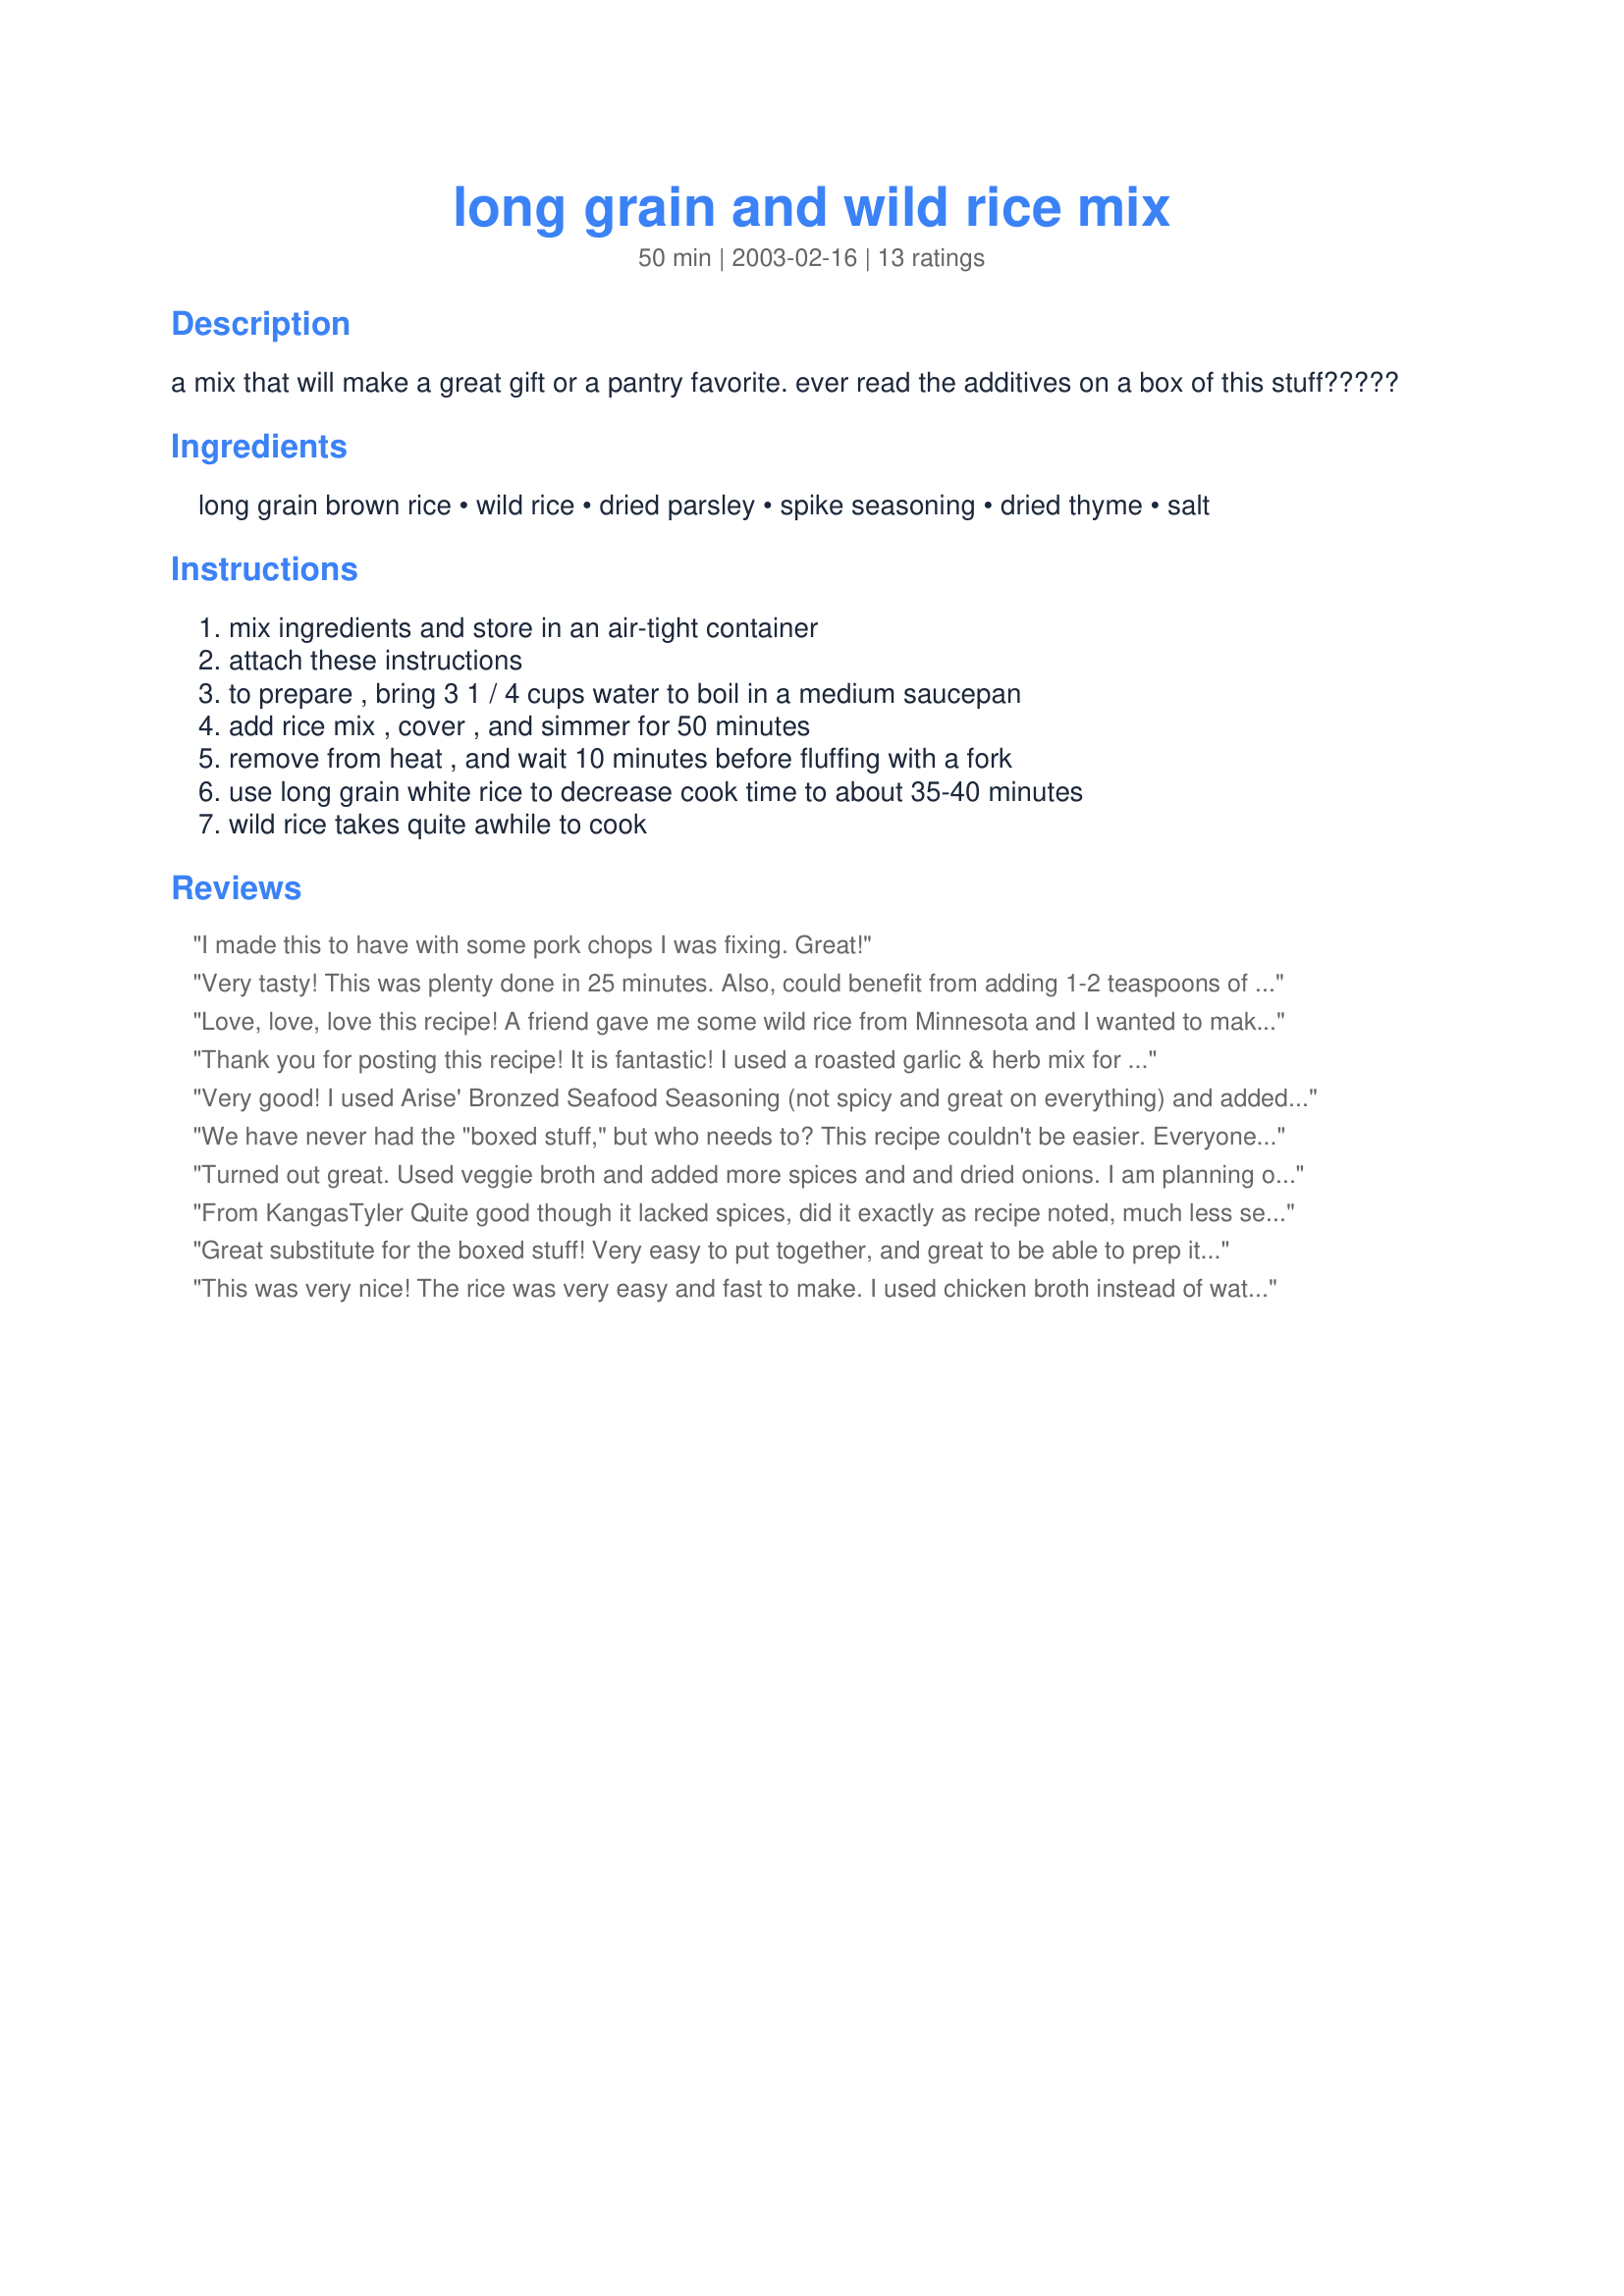
long grain and wild rice mix
Preparation time: 50 minutes

a mix that will make a great gift or a pantry favorite. ever read the additives on a box of this stuff?????

Ingredients:
long grain brown rice, wild rice, dried parsley, spike seasoning, dried thyme, salt

Steps:
mix ingredients and store in an air-tight container, attach these instructions, to prepare , bring 3 1 / 4 cups water to boil in a medium saucepan, add rice mix , cover , and simmer for 50 minutes, remove from heat , and wait 10 minutes before fluffing with a fork, use long grain white rice to decrease cook time to about 35-40 minutes, wild rice takes quite awhile to cook

Reviews:
I made this to have with some pork chops I was fixing. Great!
Very tasty! This was plenty done in 25 minutes. Also, could benefit from adding 1-2 teaspoons of butter to add flavor &amp; prevent sticking. Never liked the packaged product as it was too salty and tasted to me like additives. I used homemade Season-All with little salt made from a recipe on this site, great recipes and ideas here on food.com!
Love, love, love this recipe! A friend gave me some wild rice from Minnesota and I wanted to make a wild rice and chicken casserole. When I looked at the recipe, I saw that it called for the long grain and wild rice mix. That defeated the whole reason I was making it - to use MY wild rice. I was thrilled to find this and will definitely be using it from here on out! I also received a gourmet spice mixture basket as a gift and was able to use one of the spices for seasoning in this mixture. I have more spices to try, so I will be making this often! It was so delicious - much better than the boxed stuff - and absolutely flexible! Thank you, Thank you, Thank you for sharing this recipe!
Thank you for posting this recipe! It is fantastic! I used a roasted garlic & herb mix for the seasoning and cooked in chicken broth, then added some toasted chopped almonds. Great side dish! Will definitely make again!
Very good! I used Arise' Bronzed Seafood Seasoning (not spicy and great on everything) and added a little garlic powder. Will definitely make again. Next time I will add a *little* less wild rice.
We have never had the "boxed stuff," but who needs to? This recipe couldn't be easier. Everyone liked it, and my 6-year old proclaimed, "This rice has flavor in it!" Thanks for the recipe...
Turned out great. Used veggie broth and added more spices and and dried onions. I am planning on bringing this mix with me on our camping trip this summer. Thanks for a great recipe that can be adjusted for personal taste. Great idea.
From KangasTyler
Quite good though it lacked spices, did it exactly as recipe noted, much less seasoned than what we are used to, sort of bland, but bland can be better than additives and sodium
Great substitute for the boxed stuff! Very easy to put together, and great to be able to prep it in advance for fast use later. Thanks for sharing!
This was very nice! The rice was very easy and fast to make. I used chicken broth instead of water. Onions are a yummy addition. I served this with pork and steamed broccoli. My family enjoyed it. Thanks for posting!
I was cooking something that required one of those box mixes..but didn't have one..this was a great substitute and I had everything on hand. I used some Mrs. Dash and added some onion and a little garlic. I had plenty of extras - so I froze it for a future soup!!.. thanks!!
Instead of Brown Rice do you think Basmati would work?
this is good 1/2 teaspoon of turmeric will add a yellow caste to the rice and a good taste
